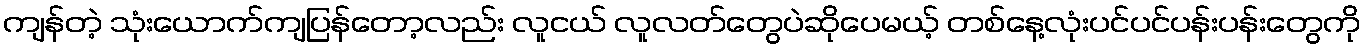
ကျန်တဲ့ သုံးယောက်ကျပြန်တော့လည်း လူငယ် လူလတ်တွေပဲဆိုပေမယ့် တစ်နေ့လုံးပင်ပင်ပန်းပန်းတွေကို